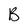
Character: B